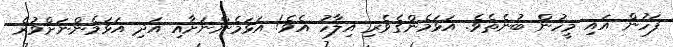
ފަހުން އައި މީހުން ބުނެތެވެ. އަޅަމެންގެވެރި އިލާހު އެވެ! އަޅަމެންނަށާއި އަދި އަޅަމެންނަށްވުރެ